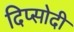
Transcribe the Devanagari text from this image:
दिप्सोदी